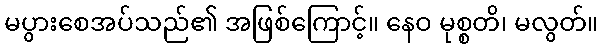
မပွားစေအပ်သည်၏ အဖြစ်ကြောင့်။ နေဝ မုစ္စတိ၊ မလွတ်။